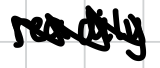
Text: readily
Cross-out: zig-zag
Writing tool: digital_black